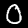
Digit: 0